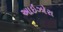
આઇઝોરા